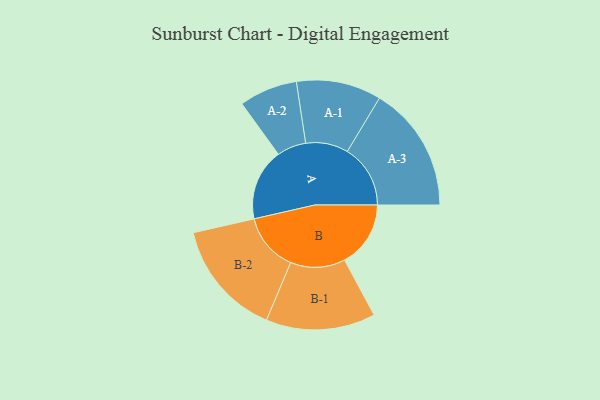
{"axis": {"x": "Segment", "y": "Value"}, "legend": ["", "A", "B"], "data": [{"x": "A", "y": 334, "type": ""}, {"x": "B", "y": 308, "type": ""}, {"x": "A-1", "y": 198, "type": "A"}, {"x": "A-2", "y": 136, "type": "A"}, {"x": "A-3", "y": 294, "type": "A"}, {"x": "B-1", "y": 255, "type": "B"}, {"x": "B-2", "y": 271, "type": "B"}]}